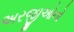
અરજીઓનો